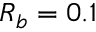
R _ { b } = 0 . 1